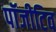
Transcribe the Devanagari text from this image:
पॉजीटिव